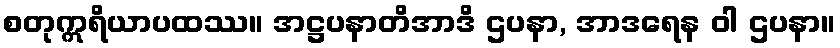
စတုဣရိယာပထဿ။ အဋ္ဌပနာတိအာဒိ ဌပနာ, အာဒရေန ဝါ ဌပနာ။